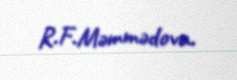
R.F.Məmmədova.